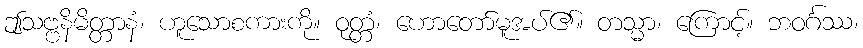
ဤသဗ္ဗနိမိတ္တာနံ၊ ဟူသောစကားကို။ ဝုတ္တံ၊ ဟောတော်မူအပ်၏။ တသ္မာ၊ ကြောင့်။ ဘဝင်္ဂဿ၊